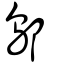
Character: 鄔